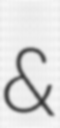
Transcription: &